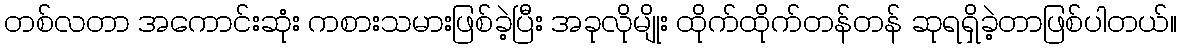
တစ်လတာ အကောင်းဆုံး ကစားသမားဖြစ်ခဲ့ပြီး အခုလိုမျိုး ထိုက်ထိုက်တန်တန် ဆုရရှိခဲ့တာဖြစ်ပါတယ်။